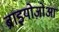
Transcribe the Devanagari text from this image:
ब्राइयोज़ोआ